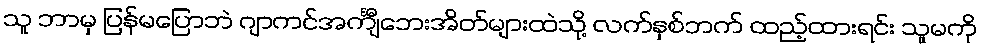
သူ ဘာမှ ပြန်မပြောဘဲ ဂျာကင်အင်္ကျီဘေးအိတ်များထဲသို့ လက်နှစ်ဘက် ထည့်ထားရင်း သူမကို